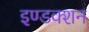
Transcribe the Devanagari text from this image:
इण्डक्शन